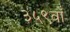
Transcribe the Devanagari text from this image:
३५९वाँ